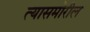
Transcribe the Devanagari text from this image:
त्यासमोरील